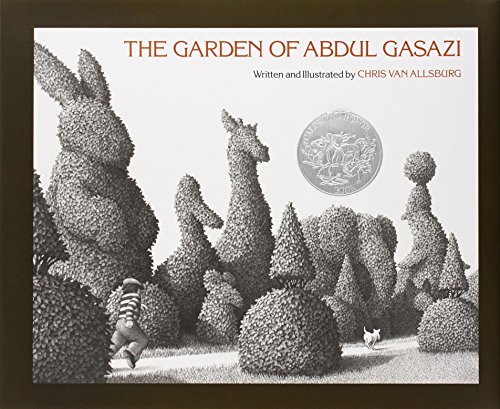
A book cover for The Garden of Abdul Gasazi; Chris Van Allsburg; Children's Books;